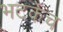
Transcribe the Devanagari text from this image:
भटकेच